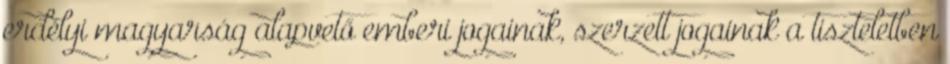
erdélyi magyarság alapvető emberi jogainak, szerzett jogainak a tiszteletben